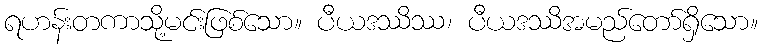
ရဟန်းတကာသို့မင်းဖြစ်သော။ ပီယဒဿိဿ၊ ပီယဒဿိအမည်တော်ရှိသော။